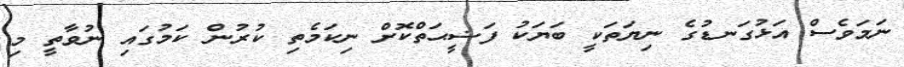
ނަމަވެސް އަޅުގަނޑުގެ ނިޔަތަކީ ބަޔަކު ފަޟީޙަތްކޮށް ނިކަމެތި ކުރުން ކަމުގައި ނުވާތީ މި